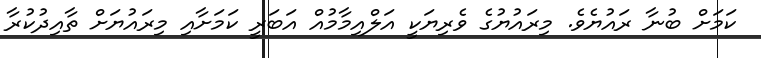
ކަމަށް ބުނާ ރައުޔެވެ. މިރައުޔުގެ ވެރިޔަކީ އަލްއިމާމުއް އަބަރީ ކަމަށާއި މިރައުޔަށް ތާއިދުކުރާ